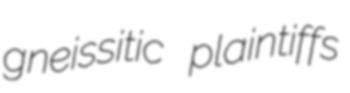
gneissitic plaintiffs